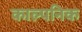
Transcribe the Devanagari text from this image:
काल्‍पनिक